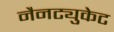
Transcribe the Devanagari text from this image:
नैनट्युकेट